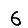
Digit: 6